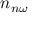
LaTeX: { n } _ { n \omega }